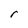
Character: r